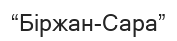
“Біржан-Сара”